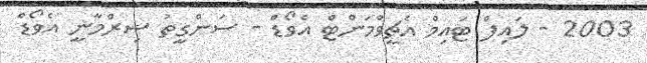
2003 - ލައިފް ޓައިމް އެޗީވްމަންޓް އެވޯޑް - ސަންގީތު ޝިރްމާނީ އެވޯޑް